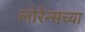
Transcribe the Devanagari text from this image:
लोरेन्सच्या